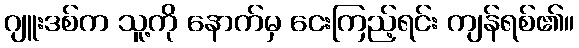
ဂျူးဒစ်က သူ့ကို နောက်မှ ငေးကြည့်ရင်း ကျန်ရစ်၏။